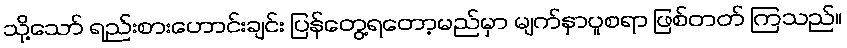
သို့သော် ရည်းစားဟောင်းချင်း ပြန်တွေ့ရတော့မည်မှာ မျက်နှာပူစရာ ဖြစ်တတ် ကြသည်။